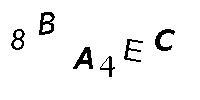
8BA4EC